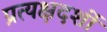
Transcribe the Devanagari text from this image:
प्रत्‍यक्षदर्शी